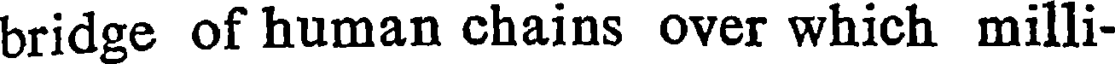
bridge of human chains over which milli-